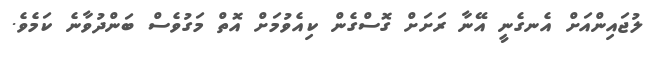
ލުޖައިންއަށް އެނގެނީ އޭނާ ރަށަށް ގޮސްގެން ކިއެވުމަށް އޮތް މަގުވެސް ބަންދުވާނެ ކަމެވެ.